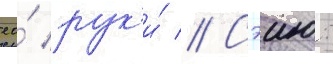
ео́ рук'и́ // Сэию: